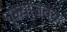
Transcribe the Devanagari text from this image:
धुळ्याजवळ